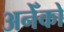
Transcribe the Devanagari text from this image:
अनेँको